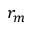
r _ { m }